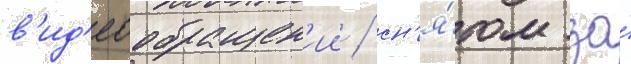
в'ид'еообращен'ии / сн'я́том за́